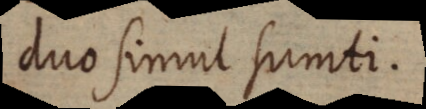
duo simul sumti.